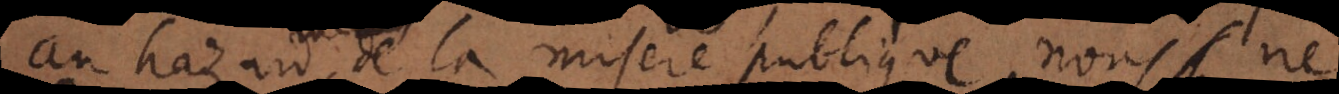
au hazard de la misere publique, nous ne